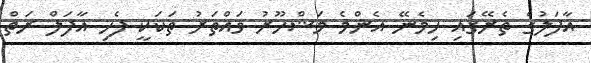
އާފަލުގެ ތެރޭގައި ހިމެނޭ އެންމެ މަޝްހޫރު ވައްތަރު ތަކަކީ ފެހި އާފަލް ރަތް